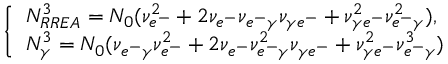
\left\{ \begin{array} { l l } { N _ { R R E A } ^ { 3 } = N _ { 0 } ( \nu _ { e ^ { - } } ^ { 2 } + 2 \nu _ { e ^ { - } } \nu _ { e ^ { - } \gamma } \nu _ { \gamma e ^ { - } } + \nu _ { \gamma e ^ { - } } ^ { 2 } \nu _ { e ^ { - } \gamma } ^ { 2 } ) , } \\ { N _ { \gamma } ^ { 3 } = N _ { 0 } ( \nu _ { e ^ { - } \gamma } \nu _ { e ^ { - } } ^ { 2 } + 2 \nu _ { e ^ { - } } \nu _ { e ^ { - } \gamma } ^ { 2 } \nu _ { \gamma e ^ { - } } + \nu _ { \gamma e ^ { - } } ^ { 2 } \nu _ { e ^ { - } \gamma } ^ { 3 } ) } \end{array} \right.